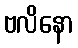
ဗလိနော